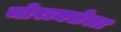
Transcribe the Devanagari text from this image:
मोराक्सेला